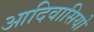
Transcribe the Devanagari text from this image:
आदिवासियो